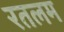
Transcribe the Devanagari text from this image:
रतलम